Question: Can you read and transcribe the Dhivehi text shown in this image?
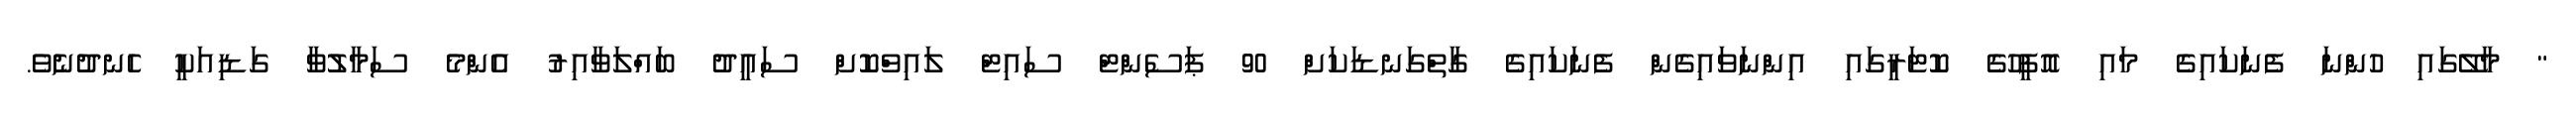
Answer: " މާލޭގައި ހުންނަ ފެނަކައިގެ މައި އޮފީހުގެ ކޮޓަރީގައި އިންނަވައިގެން ފެނަކައިގެ ގާތްގަނޑަކަށް 90 ޕަސެންޓް ސައިޓް ލައިވްކޮށް ސައީދު ބައްލަވާއިރު އެންމެ ސަމާލުވާ ގަޑިއަކީ ހެނދުނެވެ.